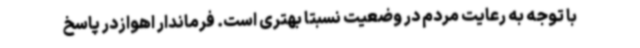
با توجه به رعایت مردم در وضعیت نسبتا بهتری است. فرماندار اهوازدر پاسخ